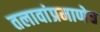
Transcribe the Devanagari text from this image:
तलावांप्रमाणेच